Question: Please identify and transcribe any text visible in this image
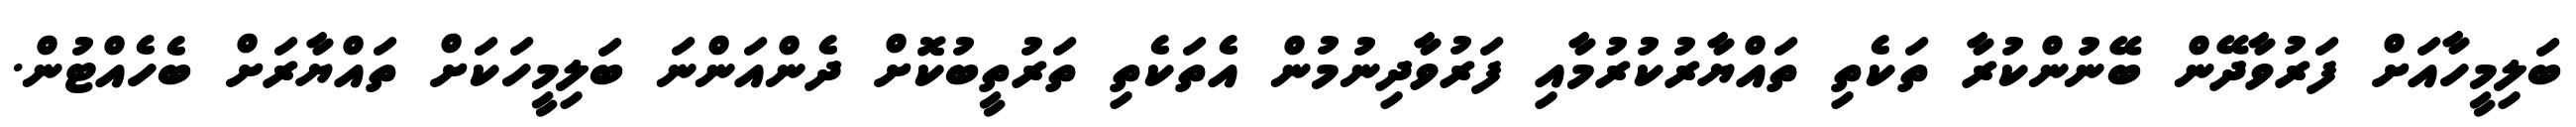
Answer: ބަލިމީހާއަށް ފަރުވާދޭން ބޭނުންކުރާ ތަކެތި ތައްޔާރުކުރުމާއި ފަރުވާދިނުމުން އެތަކެތި ތަރުތީބުކޮށް ދެންއަންނަ ބަލިމީހަކަށް ތައްޔާރަށް ބެހެއްޓުން.